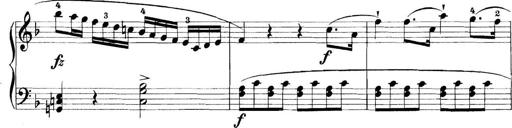
Title: 11 Sonatinas
Composer: Anton Diabelli